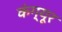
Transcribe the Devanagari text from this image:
कंग्‍यूर